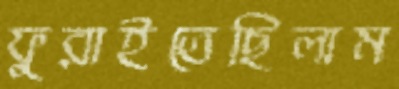
ফুরাইতেছিলাম